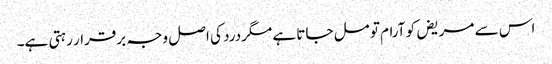
اس سے مریض کو آرام تو مل جاتا ہے مگردرد کی اصل وجہ برقرار رہتی ہے۔